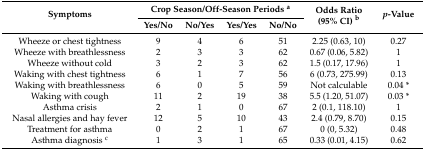
| <ROWSPAN=2> Symptoms | <COLSPAN=4> Crop Season/Off-Season Periods a | <ROWSPAN=2> Odds Ratio (95% CI) b | <ROWSPAN=2> p-Value |
 | Yes/No | No/Yes | Yes/Yes | No/No |
 | --- | --- | --- | --- | --- | --- | --- |
 | Wheeze or chest tightness | 9 | 4 | 6 | 51 | 2.25 (0.63, 10) | 0.27 |
 | Wheeze with breathlessness | 2 | 3 | 3 | 62 | 0.67 (0.06, 5.82) | 1 |
 | Wheeze without cold | 3 | 2 | 3 | 62 | 1.5 (0.17, 17.96) | 1 |
 | Waking with chest tightness | 6 | 1 | 7 | 56 | 6 (0.73, 275.99) | 0.13 |
 | Waking with breathlessness | 6 | 0 | 5 | 59 | Not calculable | 0.04 * |
 | Waking with cough | 11 | 2 | 19 | 38 | 5.5 (1.20, 51.07) | 0.03 * |
 | Asthma crisis | 2 | 1 | 0 | 67 | 2 (0.1, 118.10) | 1 |
 | Nasal allergies and hay fever | 12 | 5 | 10 | 43 | 2.4 (0.79, 8.70) | 0.15 |
 | Treatment for asthma | 0 | 2 | 1 | 67 | 0 (0, 5.32) | 0.48 |
 | Asthma diagnosis c | 1 | 3 | 1 | 65 | 0.33 (0.01, 4.15) | 0.62 |